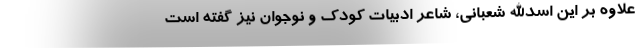
علاوه‌ بر این اسدالله شعبانی، شاعر ادبیات کودک و نوجوان نیز گفته است